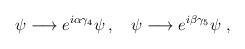
LaTeX: \begin{align*}\psi\longrightarrow{e}^{i\alpha\gamma_{4}}\psi\,,\quad\psi\longrightarrow{e}^{i\beta\gamma_{5}}\psi\ ,\end{align*}